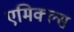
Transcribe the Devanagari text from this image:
एमिक्ल्स